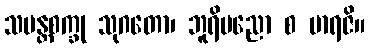
သမန္တစက္ခု သုဂတော၊ ဘူရိပညော စ မာရဇိ။